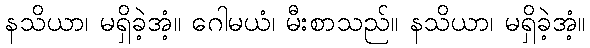
နသိယာ၊ မရှိခဲ့အံ့။ ဂေါမယံ၊ မီးစာသည်။ နသိယာ၊ မရှိခဲ့အံ့။